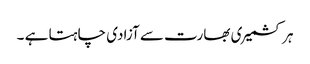
ہر کشمیری بھارت سے آزادی چاہتا ہے ۔